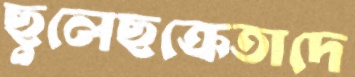
ছুলেছক্রেতাদে